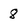
Character: 8